system: You are a helpful assistant.
user:
Analyze the provided spectrum to determine if it is a **S-type Star**.

- **Key Indicators for S-type Star:**

    - **(Overall Spectrum Shape):** The first and most obvious characteristic is the overall continuum (the "baseline" shape). It is **extremely "red-sloping,"** meaning the flux (light intensity) is very low on the left side (blue, ~4000-4500 Å) and rises steeply and continuously toward the right side (red, ~7000 Å+).

    - **(Primary):** The spectrum is defined by the presence of strong, broad molecular absorption "valleys" (bands) from **Zirconium Oxide (ZrO)**. The identification of these bands is the **primary requirement** for classifying a star as S-type.
        - **(Key Bandheads):** You must find distinct, deep "dips" where the light has been absorbed. The most critical band systems to locate are:
            - **~6474 Å** ($\gamma$-system): This is often the strongest and clearest ZrO feature, found in the red part of the spectrum.
            - **~5718 Å** & **~5551 Å** ($\beta$-system): A pair of prominent absorption features in the yellow-orange part of the spectrum.
            - **~4640 Å** ($\alpha$-system): A key absorption band system in the blue-green region of the spectrum.

    - **(Secondary Confirmation):** The classification is strengthened by finding additional absorption bands from other related heavy element oxides, which are expected to be present alongside ZrO.
        - **(Key Bandheads):**
            - **Yttrium Oxide (YO):** Look for absorption dips near **~4800 Å** and **~6100 Å**.
            - **Lanthanum Oxide (LaO):** Additional absorption features, particularly in the red-orange part of the spectrum, are also characteristic.

    - **(Line Profile):** The combination of the steep red continuum and these numerous, deep molecular bands (ZrO, YO, etc.) gives the entire spectrum a very **"chopped-up"** or **"bumpy"** appearance. Instead of a smooth curve, the spectrum looks as though large, wide chunks of light have been "carved out" of it at the specific wavelengths listed above.

Think first, call **spectral_visualization_tool** if needed to examine features in detail, then provide your final answer. Your response must adhere to the following strict rules:
1.  **Overall Structure:** Your response must follow the format `<think>...</think> <tool_call>...</tool_call> (if a tool is used) <answer>...</answer>`.
2.  **Tool Usage Constraint:** You may only make **one** tool call per turn.
3.  **Final Answer Format:** In the `<answer>` tag, your conclusion must be inside a `\boxed{}` command (e.g., `\boxed{YES}` or `\boxed{NO}`), followed by your justification.

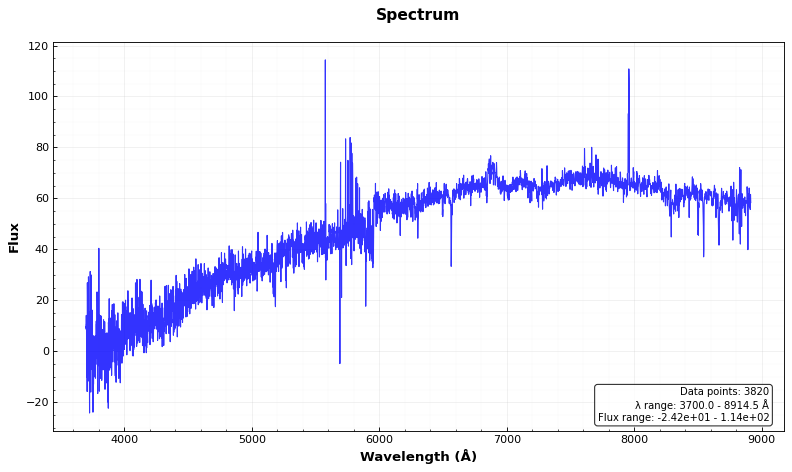
Answer: NO